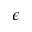
\epsilon